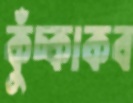
কুঁচ্‌কাকব